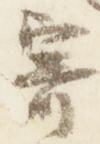
寄